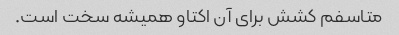
متاسفم کشش برای آن اکتاو همیشه سخت است.